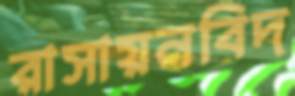
রাসায়নবিদ